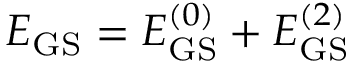
E _ { \mathrm { G S } } = E _ { \mathrm { G S } } ^ { ( 0 ) } + E _ { \mathrm { G S } } ^ { ( 2 ) }